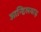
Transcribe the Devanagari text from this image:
आन्हिलवाड़